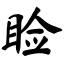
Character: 睑